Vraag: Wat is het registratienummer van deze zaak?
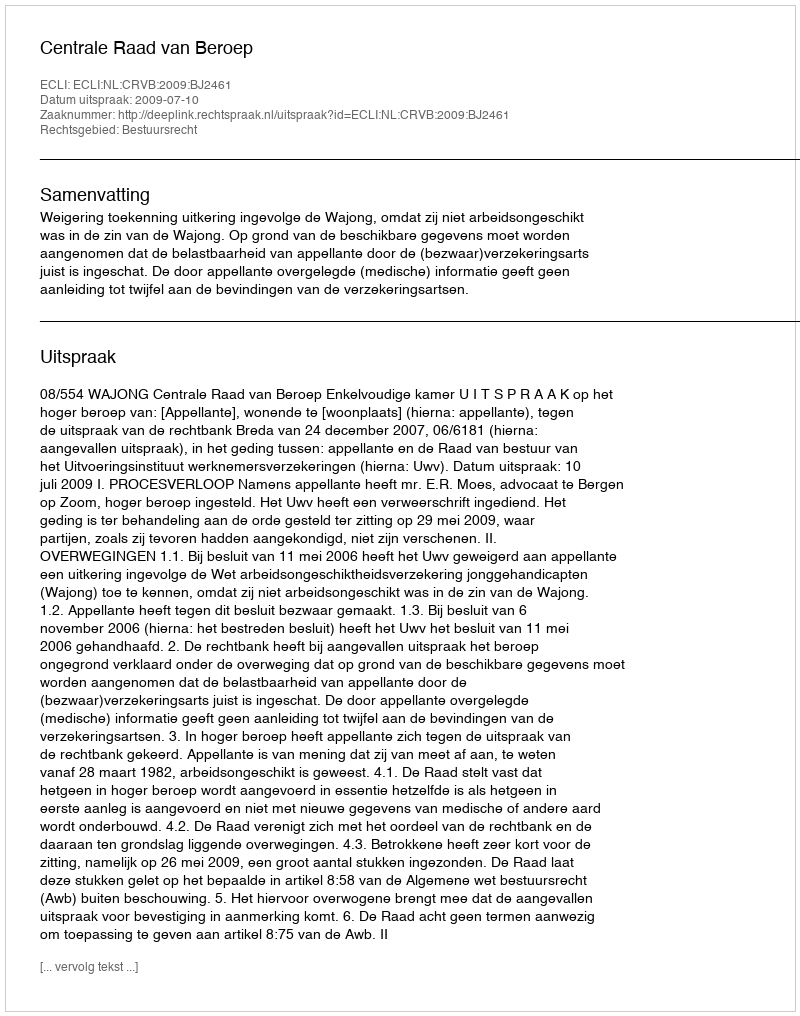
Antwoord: http://deeplink.rechtspraak.nl/uitspraak?id=ECLI:NL:CRVB:2009:BJ2461